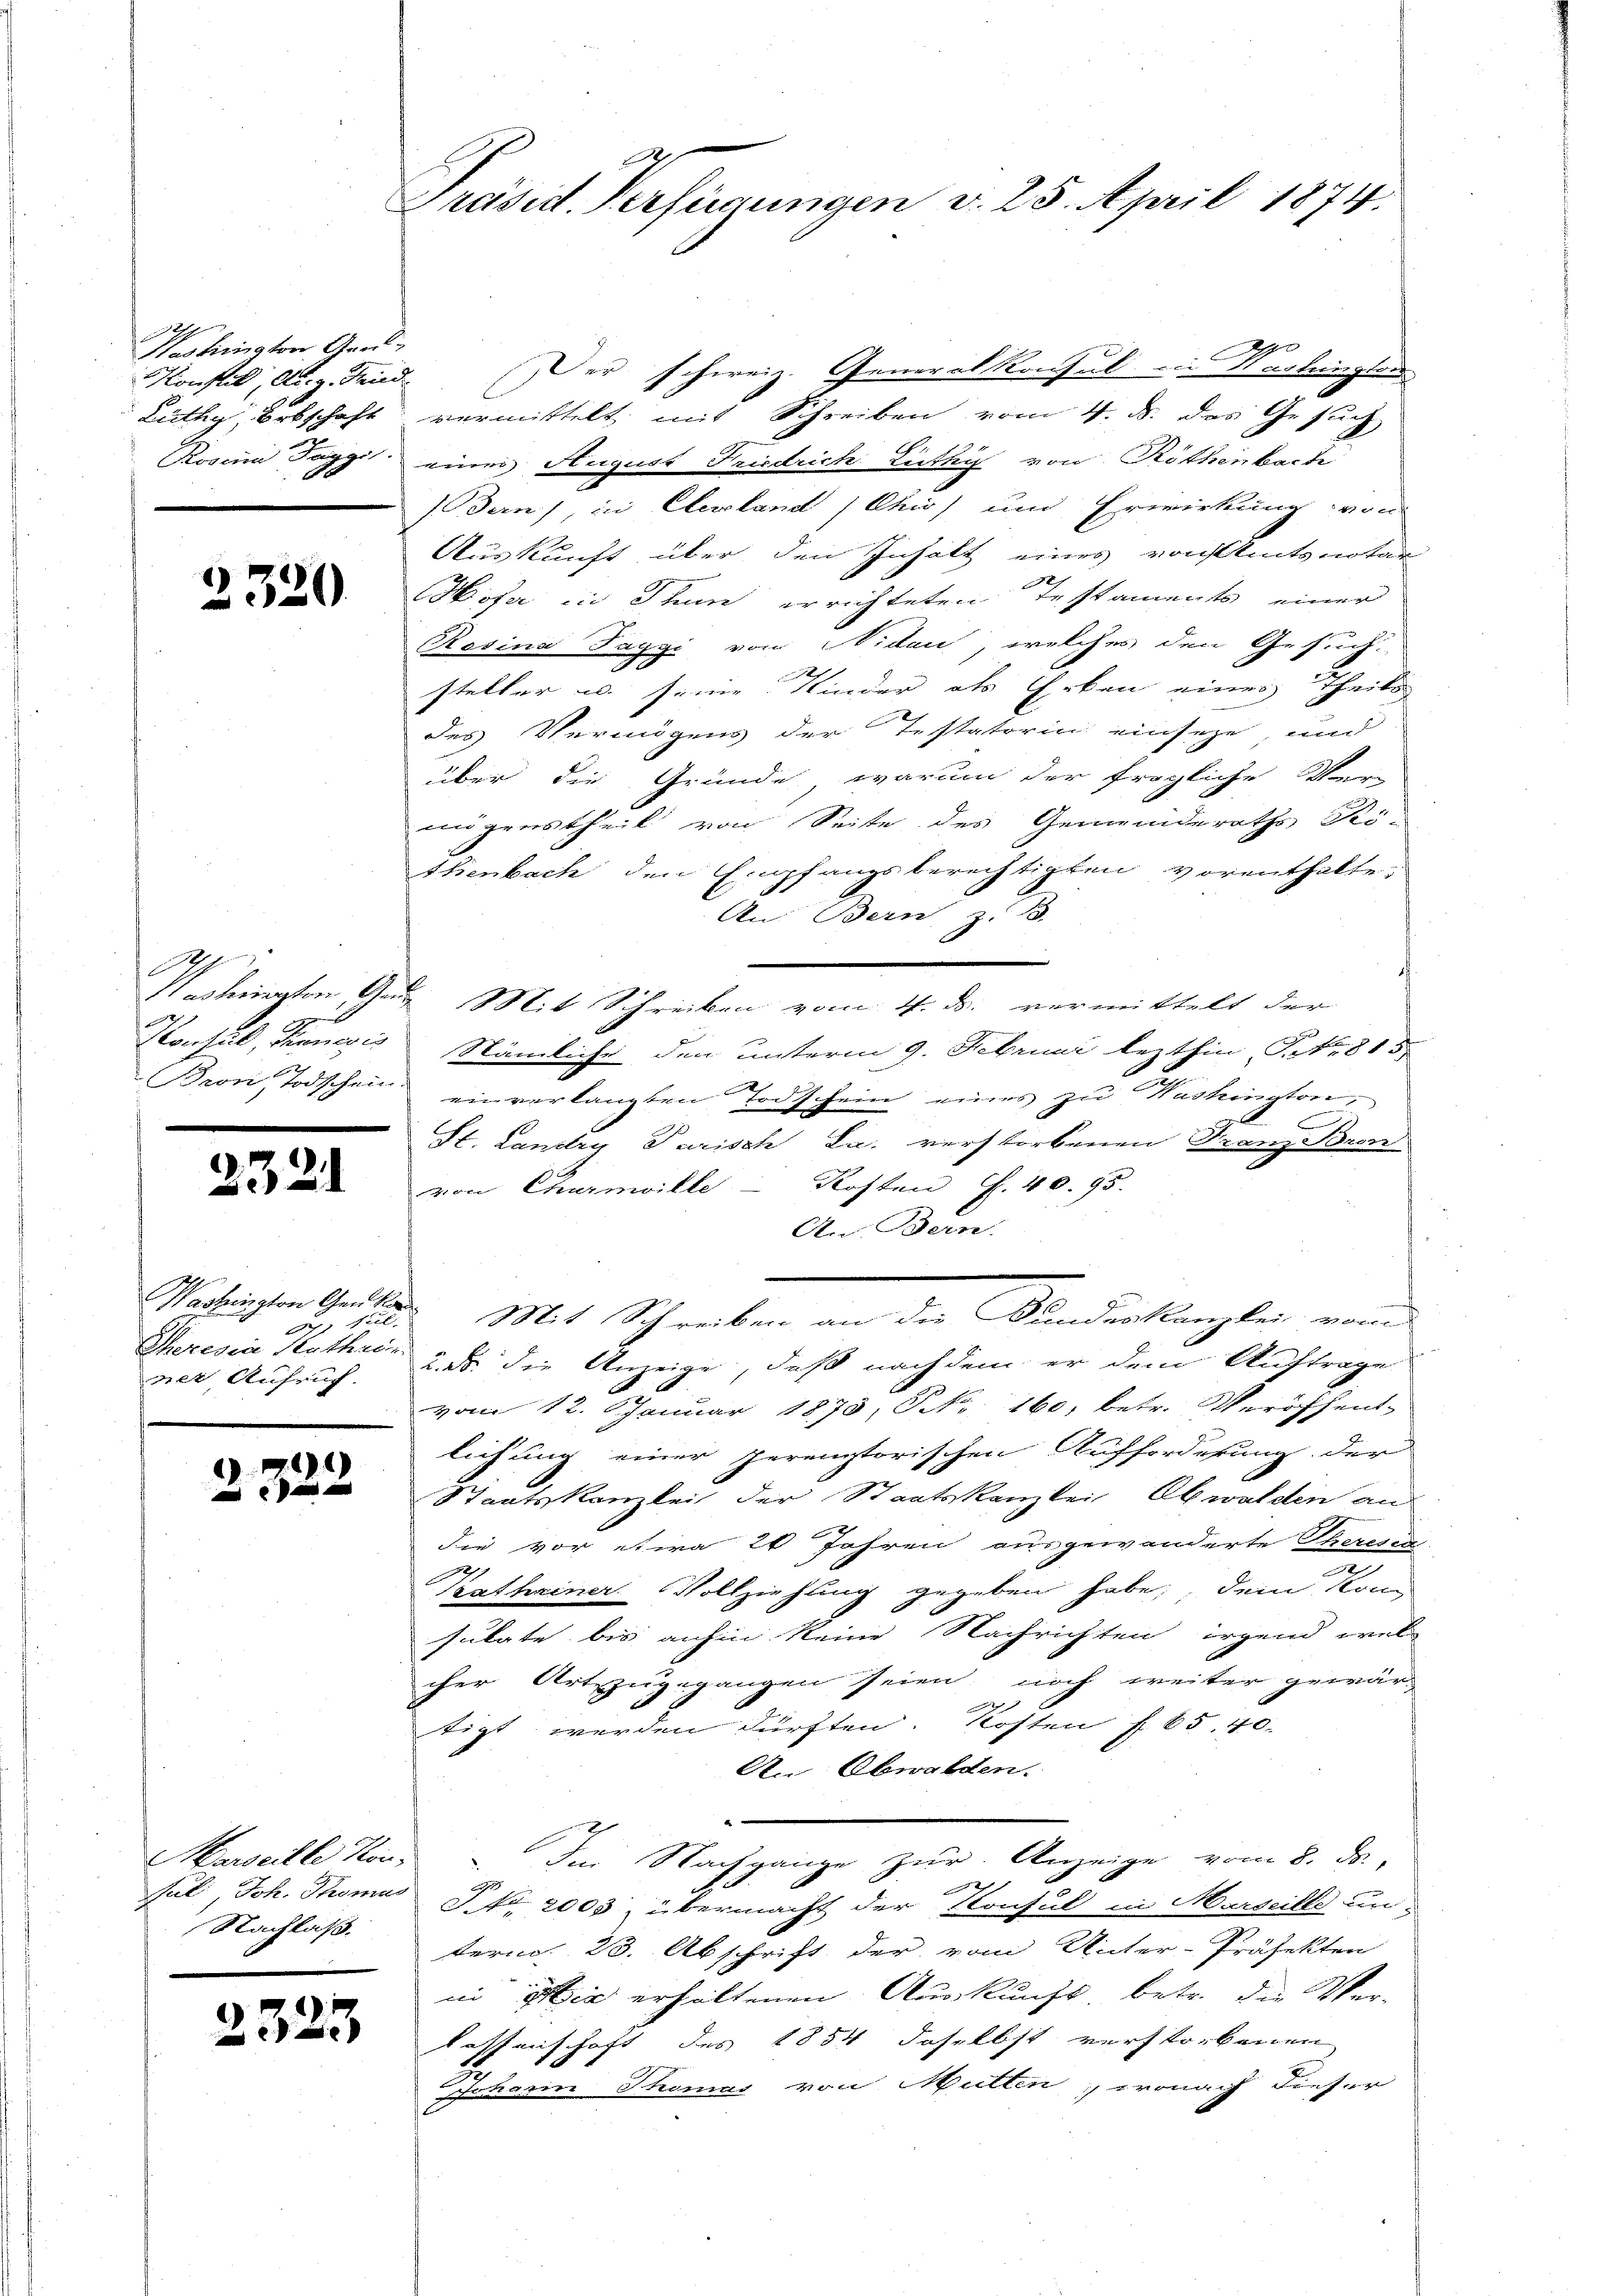
2
Hastrington Ger.
Konsul, A. g. Trini
Lüthy Erbschaft
Rosen Tagg
a

2320

Partierten Ge
Konsul, Francis
Bron, Todschein.

2321

Washington Genda
8 Jul.
Theresia Kathrin
ver Aufruf

)
e

Marseille Kon-
Sul: Joh. Thomas
Nachlaß.

2323

g
Präsid. Verfügungen v. 25. April 1874.

Der schweiz. Generalkonsul in Verlangten
vermittelt mit Schreiben vom 4. d. das Gesuch
eines August Friedrich Leitli von Röthenbarte
Dern), in Eberland / Chio) und Erwirkung von
Auskunft über den Inhalt eines vonseitsnotar
Hosa in Thun errichteten Testaments einer
Rosina Pappe von Niden, welches den Gesuch
steller u. seine Kinder als Erken eines Theils
des Vermögens der Testatorin einseze, und
über die Gründe, warum der fragliche Ver-
und geistheil von Seite des Gemeinderaths Kö-
thenbach den Empfangsberechtigten vorenthalte,
An: Bern, z. B.
 Mit Schreiben vom 4. d. vermittelt der
Stämliche den unterm 9. Februar lezthin Fr. 815
einverlangten Todschein eines zu Washington,
r
St. Landry Parisch La. verstorbenen Franzien
von Churmwille Kosten S. 40. 95.
An Bern.
Mit Schreiben an die Bundeskanzlei vom
2. ds. die Anzeige, daß nachdem er dem Auftrage
vom 12. Januar 1873, S. 160, betr. Veröffent-
lichung einer peremtorischen Aufforderung der
Staatskanzlei der Staatskanzlei Obwalden an
die vor etwa 20 Jahren ausgewanderte Theresin-
e
Kathriner Vollziehung gegeben habe, dem kan
sulate bis anhin keine Nachrichten irgend viel
cher Art zugegangen seien, noch weiter gewärtigt werden dürften. Kosten § 65, 40
An Obwalden.
Im Nachgange zur Anzeige vom 8. ds.,
x
P. Nr. 2000 übermacht der Konsul in Marseille un
term 23. Abschrift der vom Unter-Präfekten
in Hiz erhaltenen Auskunft, betr. die Ver-
lassenschaft des 1854 daselbst verstorbenen
Jaharin Thomas von Mutten, wonach dieser